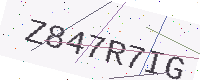
Text: Z847R7IG